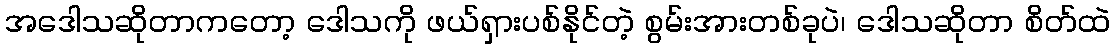
အဒေါသဆိုတာကတော့ ဒေါသကို ဖယ်ရှားပစ်နိုင်တဲ့ စွမ်းအားတစ်ခုပဲ၊ ဒေါသဆိုတာ စိတ်ထဲ